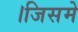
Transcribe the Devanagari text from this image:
।जिसमे